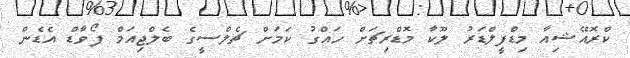
ކްރޮއޭޝިއާ މިޑްފީލްޑަރު ލޫކާ މޮޑްރިޗަށް ހައްގު ކަމަށް ޗެލްސީގެ ބެލްޖިއަމް ފޯވާޑް އެޑެން